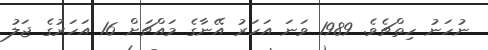
ނުހަނު ހިތްޗެވެ. 1989 ވަނަ އަހަރު އޭނާގެ މައްޗަށް 16 އަހަރުގެ ޖަލު